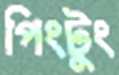
পিংটুং